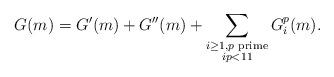
LaTeX: \begin{align*}G(m)=G'(m)+G''(m)+\sum_{\substack{i\geq 1,p \textrm{ prime}\\ip<11}}G_{i}^p(m).\end{align*}